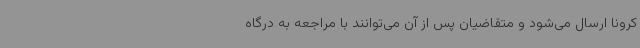
کرونا ارسال می‌شود و متقاضیان پس از آن می‌توانند با مراجعه به درگاه